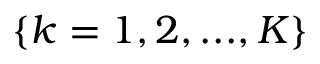
\{ k = 1 , 2 , . . . , K \}